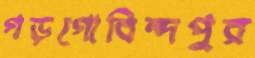
গড়গোবিন্দপুর